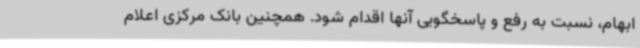
ابهام، نسبت به رفع و پاسخگویی آنها اقدام شود. همچنین بانک مرکزی اعلام